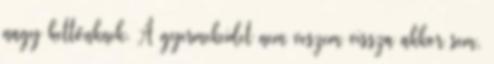
nagy kettőnknek. A gyermekeidet nem veszem vissza akkor sem,